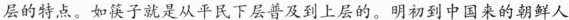
层的特点。如筷子就是从平民下层普及到上层的。明初到中国来的朝鲜人